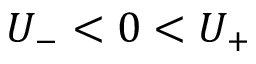
U _ { - } < 0 < U _ { + }